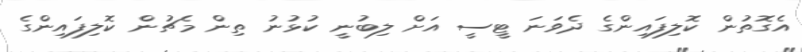
އެގޮތުން ކޮލިފައިންގެ ދެވަނަ ޓީސީ އަށް ލިބުނީ ކުޅުނު ތިން މެޗުން ކޮލިފައިންގެ